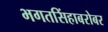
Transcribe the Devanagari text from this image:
भगतसिंहाबरोबर